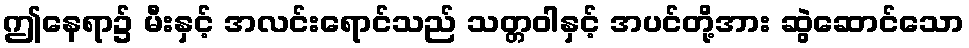
ဤနေရာ၌ မီးနှင့် အလင်းရောင်သည် သတ္တဝါနှင့် အပင်တို့အား ဆွဲဆောင်သော